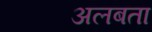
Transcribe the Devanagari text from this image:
अलबता